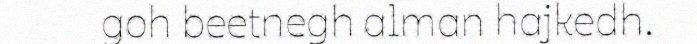
goh beetnegh alman hajkedh.